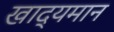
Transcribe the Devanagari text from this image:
खाद्यमान